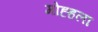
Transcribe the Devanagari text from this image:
मोह्हला